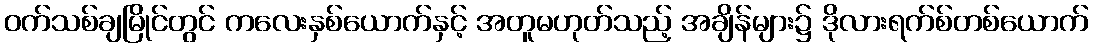
ဝက်သစ်ချမြိုင်တွင် ကလေးနှစ်ယောက်နှင့် အတူမဟုတ်သည့် အချိန်များ၌ ဒိုလားရက်စ်တစ်ယောက်